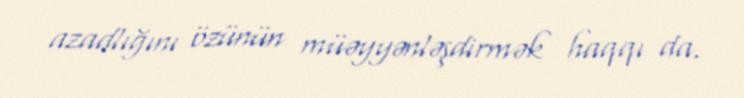
azadlığını özünün müəyyənləşdirmək haqqı da.